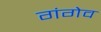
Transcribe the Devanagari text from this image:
गंगेव